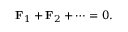
\mathbf { F } _ { 1 } + \mathbf { F } _ { 2 } + \cdots = 0 .